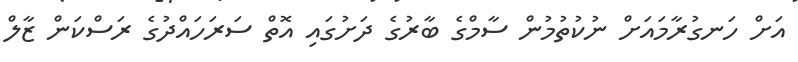
އަށް ހަނގުރާމައަށް ނުކުތުމުން ސާމްގެ ބާރުގެ ދަށުގައި އޮތް ސަރަހައްދުގެ ރަސްކަން ޒާލް